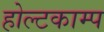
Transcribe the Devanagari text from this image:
होल्टकाम्प